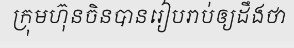
ក្រុមហ៊ុនចិនបានរៀបរាប់ឲ្យដឹងថា